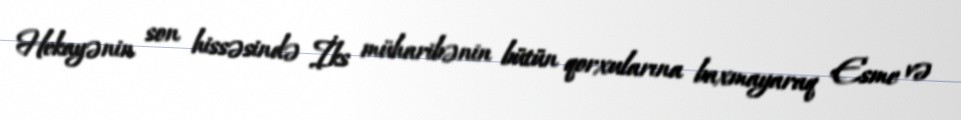
Hekayənin son hissəsində İks müharibənin bütün qorxularına baxmayaraq Esme və